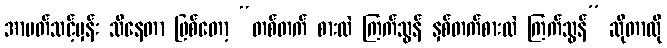
အာပတ်သင့်မှန်း သိနေတာ ဖြစ်တော့ “တစ်တက် စားလဲ ကြက်သွန် နှစ်တက်စားလဲ ကြက်သွန်” ဆိုတာလို